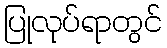
ပြုလုပ်ရာတွင်